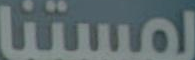
لمستنا